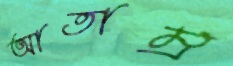
আতাম্র